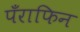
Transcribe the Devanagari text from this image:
पँराफिन